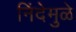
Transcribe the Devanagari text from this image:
निंदेमुळे